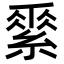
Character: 𦃃